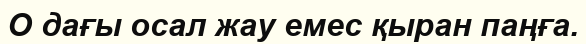
О дағы осал жау емес қыран паңға.